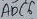
Text: ADC6